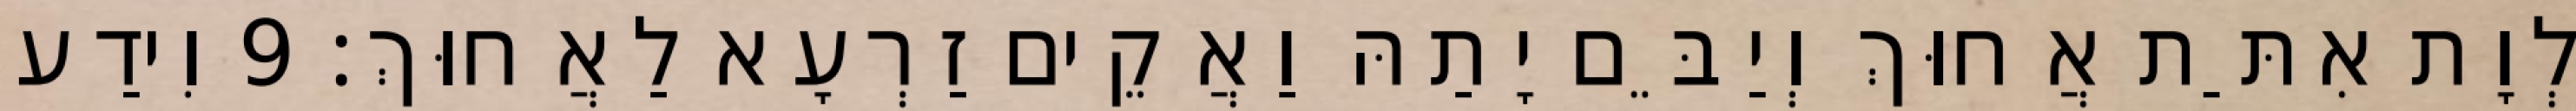
לְוָת אִתַּת אֲחוּךְ וְיַבֵּם יָתַהּ וַאֲקֵים זַרְעָא לַאֲחוּךְ׃ 9 וִידַע